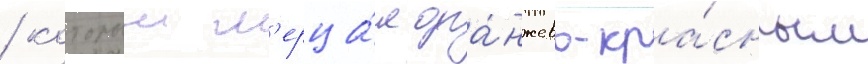
/ которыи м'ерца́л ора́нжево-кра́сным